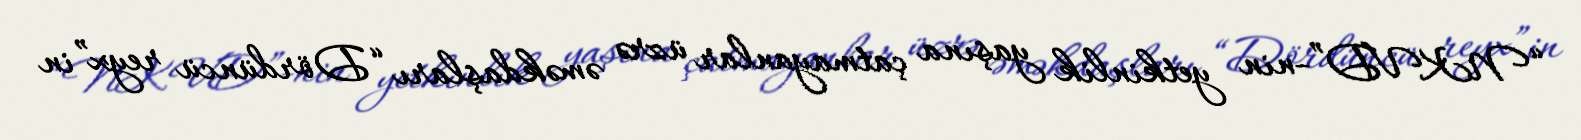
“NKVD”-nin yetkinlik yaşına çatmayanlar üzrə əməkdaşları “Dördüncü reyx”in